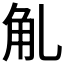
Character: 𧢳